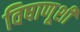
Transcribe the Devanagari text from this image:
विषाणूशी